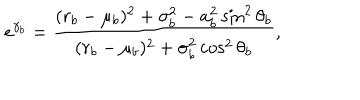
e ^ { \gamma _ { b } } = \frac { ( r _ { b } - \mu _ { b } ) ^ { 2 } + \sigma _ { b } ^ { 2 } - a _ { b } ^ { 2 } \sin ^ { 2 } \theta _ { b } } { ( r _ { b } - \mu _ { b } ) ^ { 2 } + \sigma _ { b } ^ { 2 } \cos ^ { 2 } \theta _ { b } } ,